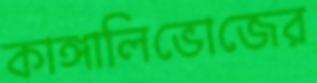
কাঙ্গালিভোজের